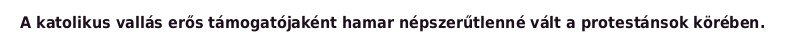
A katolikus vallás erős támogatójaként hamar népszerűtlenné vált a protestánsok körében.